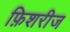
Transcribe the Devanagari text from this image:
फ़िशरीज